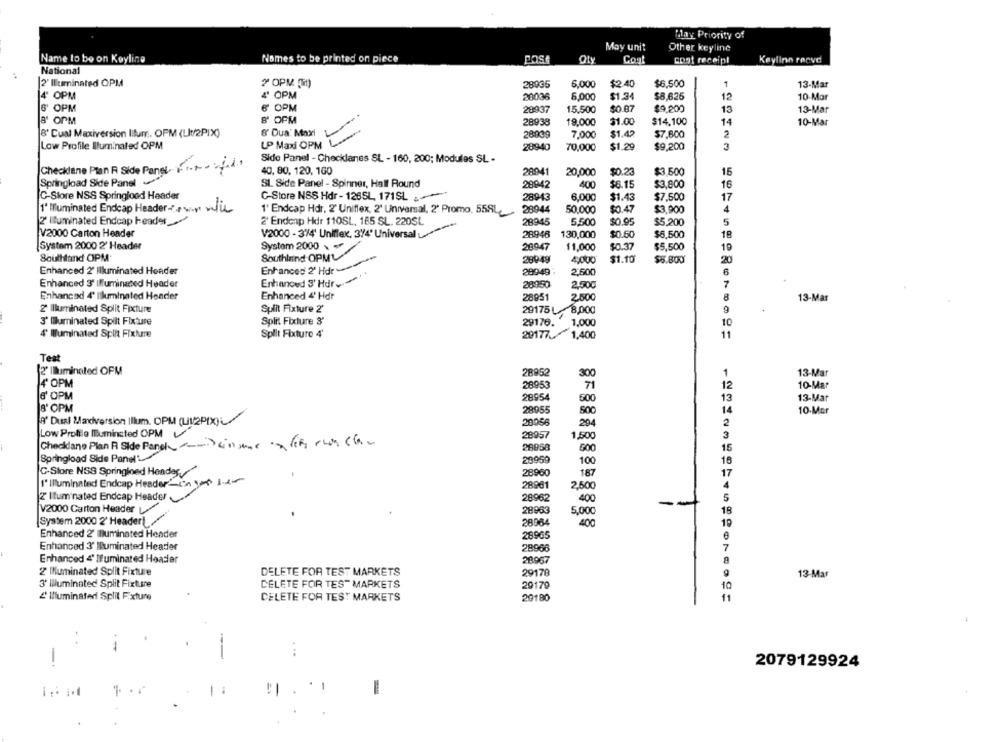
Lay Priority of
May unit
Other keyline
Name to be on Koyline
Nomes to be printed on piece
ROSA
Oty
Cont
coat receipt
Kaylinn racve
National
2' Illuminated OPM
" OPM (Mit)
28935
6,000
$2.40
$6,500
1
13-Mar
4' OPM
4 OPM
20036
6.000
$1.34
$8,625
12
10-Mar
6' OPM
6 OPM
28937
15.500
$0.87
$9,200
13
13-Mar
8' OPM
8 OPM
28938
19,000
$1.00
$14,100
14
10-Mar
8' Cual Maxiversion Illum. OFM (LIt/2PIXX)
&' Oua' Maxi
28009
7,000
$1.42
$7,800
2
Low Profile Iluminaled OPM
UP Maxi OPM L
28940
70,000
$1.29
$9,200
3
Side Panel - Checklanes SL - 160, 200; Modules SL -
Checklane Plan R Side Panel- Finais
40, 80, 120, 1G0
$3,500
28941
20,000
$0.23
15
Springload Side Panel .
SL Side Panel - Spinner, Half Round
28942
400
$6.15
$3,800
16
C-Store NSS Springlood Header
C-Store NSS Hdr - 126SL, 171SL
28943
6.000
$1.43
$7.500
17
1' Illuminated Endeap Header- wie
1' Endcap Hdr, 2' Uniflex, 2' Universal, 2' Promo, 558L
28944
50,000
$0.47
$3,900
4
2' Illuminated Endcap Header
2' Endenp Hdr 110SL, 185 SL. 220SL
28945
5,500
$0.95
$5,200
5
V2000 Carton Header
V2000 - 374' Uniflex. 374' Universal
28946
130,000
$0.50
$6,500
18
System 2000 2' Header
System 2000
20947
$1,000
$0.37
$5,500
19
Soulland OPM.
Southinind OPML
28949
4,000
$1.10
$8.800
20
Enhanced 2' Illuminated Hender
Enhanced 2' Hdr
28949
2.600
6
Enhanced 3' Hdr
7
Enhanced 3' Illuminated Header
28950
2,500
Enhanced 4' Illuminated Header
Enhanced 4' Hdr
28951
2.500
8
13-Mar
2' Illuminated Split Fixture
Split Fixture 2'
29175 L- 8,000
9
3' Illuminated Spilt Fixture
Split Fixture 3'
29176.
1,000
10
4' Muminated Split Fixture
Split Fixture 4'
11
20177.1,400
Teat
(2' Illuminated OFM
28952
300
1
13-Mar
|+ OPM
28953
71
10-Mar
12
6' OPM
28954
500
13
13-Mar
8' OPM
28955
14
10.Mar
A Dual Madiversion illum. OPM (LIVEPIX)
20066
204
2
Low Profile Illuminated 0PM
28957
1,500
3
Checkdane Plan R Side Panel -- > insufi run ch ..
28958
600
15
Springload Side Panel
29950
100
18
C-Store NSS Springload Hendes.
28960
187
17
l' Illuminated Endeap HeaderOn
28961
2,500
4
Z Ituminated Endcap Header
400
5
28962
-
V2000 Carton Header
28963
5,000
18
System 2000 2' Header\
28984
400
19
Enhanced 2' Illuminated Header
26965
Enhanced 3' Iluminated Header
28966
7
Enhanced 4' Iluminated Header
28967
2 Muminated Split Fixture
DELETE FOR TEST MARKETS
29178
13-Mar
3' Illuminated Split Fixture
DELETE FOR TES" MARKETS
29179
10
& Illuminated Split Fixture
CELETE FOR TEST MARKETS
20180
11
-
-
2079129924
. 1